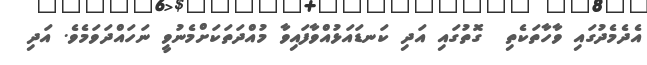
އެދެމެދުގައި ވާހާތަކެތި  ގޮތުގައި އަދި ކަނޑައަޅުއްވާފައިވާ މުއްދަތަކަށްމެނުވީ ނަހައްދަވަމެވެ. އަދި